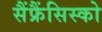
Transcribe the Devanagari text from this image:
सैंफ्रैंसिस्को